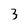
Character: 3